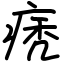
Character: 痜